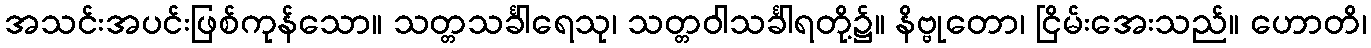
အသင်းအပင်းဖြစ်ကုန်သော။ သတ္တသင်္ခါရေသု၊ သတ္တဝါသင်္ခါရတို့၌။ နိဗ္ဗုတော၊ ငြိမ်းအေးသည်။ ဟောတိ၊